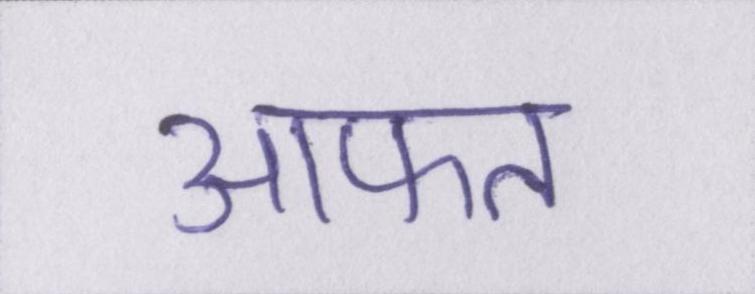
आफत